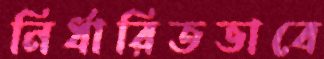
নির্ধারিতভাবে